Indian journal of veterinary science and animal husbandry - Volumes 15-17, 1948-1951
Year: 1948
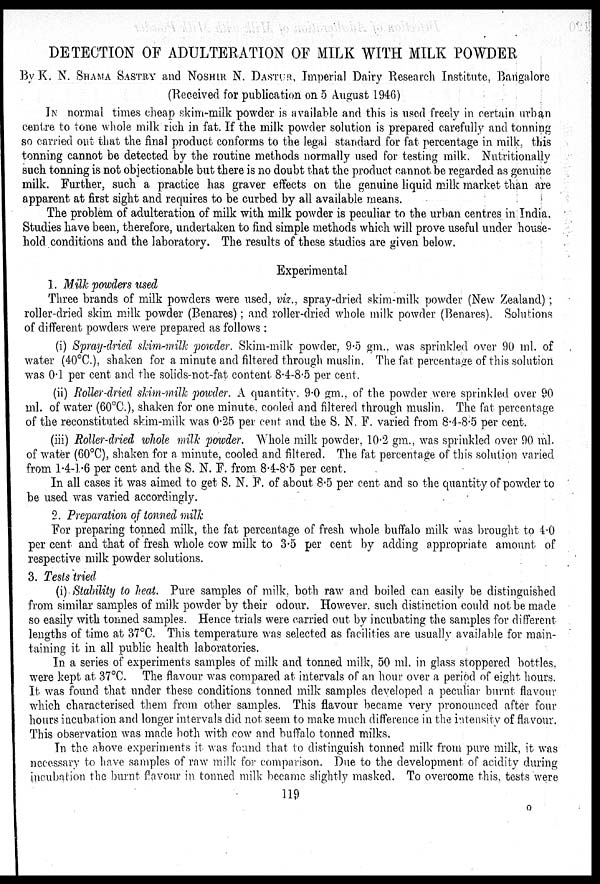
DETECTION OF ADULTERATION OF MILK WITH MILK POWDER
By K. N. SHAMA SASTRY and NOSHIR N. DASTUR, Imperial Dairy Research Institute, Bangalore
(Received for publication on 5 August 1946)
IN normal times cheap skim-milk powder is available and this is used freely in certain urban
centre to tone whole milk rich in. fat. If the milk powder solution is prepared carefully and tonning
so carried out that the final product conforms to the legal standard for fat percentage in milk, this
tonning cannot be detected by the routine methods normally used for testing milk. Nutritionally
such tonning is not objectionable but there is no doubt that the product cannot be regarded as genuine
milk. Further, such a practice has graver effects on the genuine liquid milk market than are
apparent at first sight and requires to be curbed by all available means.
The problem of adulteration of milk with milk powder is peculiar to the urban centres in India.
Studies have been, therefore, undertaken to find simple methods which will prove useful under house-
hold conditions and the laboratory. The results of these studies are given below.
Experimental
1. Milk powders used
Three brands of milk powders were used, viz., spray-dried skim-milk powder (New Zealand) ;
roller-dried skim milk powder (Benares) ; and roller-dried whole milk powder (Benares). Solutions
of different powders were prepared as follows :
(i) Spray-dried skim-milk powder. Skim-milk powder, 9.5 gm., was sprinkled over 90 ml. of
water (40ºC.), shaken for a minute and filtered through muslin. The fat percentage of this solution
was 0.1 per cent and the solids-not-fat content 8.4-8.5 per cent.
(ii) Roller-dried skim-milk powder. A quantity. 9.0 gm., of the powder were sprinkled over 90
ml. of water (60ºC.), shaken for one minute, cooled and filtered through muslin. The fat percentage
of the reconstituted skim-milk was 0.25 per cent and the S. N. F. varied from 8.4-8.5 per cent.
(iii) Roller-dried whole milk powder. Whole milk powder. 10.2 gm., was sprinkled over 90 ml.
of water (60ºC), shaken for a minute, cooled and filtered. The fat percentage of this solution varied
from 1.4-1.6 per cent and the S. N. F. from 8.4-8.5 per cent.
In all cases it was aimed to get S. N. F. of about 8.5 per cent and so the quantity of powder to
be used was varied accordingly.
2. Preparation of tonned milk
For preparing tonned milk, the fat percentage of fresh whole buffalo milk was brought to 4.0
per cent and that of fresh whole cow milk to 3.5 per cent by adding appropriate amount of
respective milk powder solutions.
3. Tests tried
(i) Stability to heat. Pure samples of milk, both raw and boiled can easily be distinguished
from similar samples of milk powder by their odour. However, such distinction could not be made
so easily with tonned samples. Hence trials were carried out by incubating the samples for different
lengths of time at 37ºC. This temperature was selected as facilities are usually available for main-
taining it in all public health laboratories.
In a series of experiments samples of milk and tonned milk, 50 ml. in glass stoppered bottles,
were kept at 37ºC. The flavour was compared at intervals of an hour over a period of eight hours.
It was found that under these conditions tonned milk samples developed a peculiar burnt flavour
which characterised them from other samples. This flavour became very pronounced after four
hours incubation and longer intervals did not seem to make much difference in the intensity of flavour.
This observation was made both with cow and buffalo tonned milks.
In the above experiments it was found that to distinguish tonned milk from pure milk, it was
necessary to have samples of raw milk for comparison. Due to the development of acidity during
incubation the burnt flavour in tonned milk became slightly masked. To overcome this, tests were
119
O